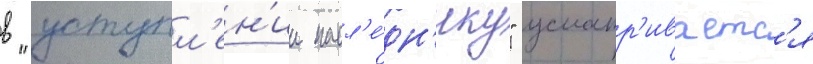
в "уступл'ен'ии насл'е́дн'ику" усматр'иваетс'я